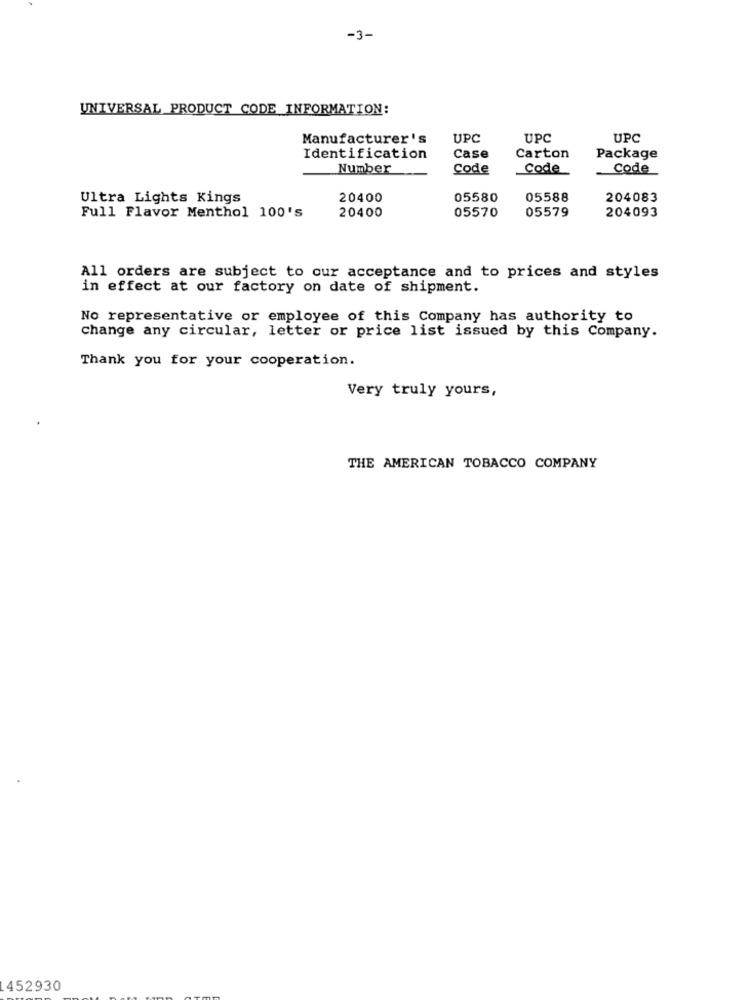
-3-
UNIVERSAL PRODUCT CODE_INFORMATION:
Manufacturer's
UPC
UPC
UPC
Identification
Case
Carton
Package
Number
Code
Code
Code
Ultra Lights Kings
20400
05580
05588
204083
20400
05570
05579
204093
Full Flavor Menthol 100's
All orders are subject to our acceptance and to prices and styles
in effect at our factory on date of shipment.
No representative or employee of this Company has authority to
change any circular, letter or price list issued by this Company.
Thank you for your cooperation.
Very truly yours,
THE AMERICAN TOBACCO COMPANY
452930